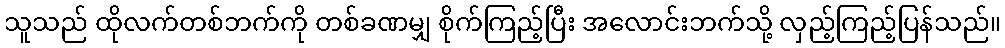
သူသည် ထိုလက်တစ်ဘက်ကို တစ်ခဏမျှ စိုက်ကြည့်ပြီး အလောင်းဘက်သို့ လှည့်ကြည့်ပြန်သည်။